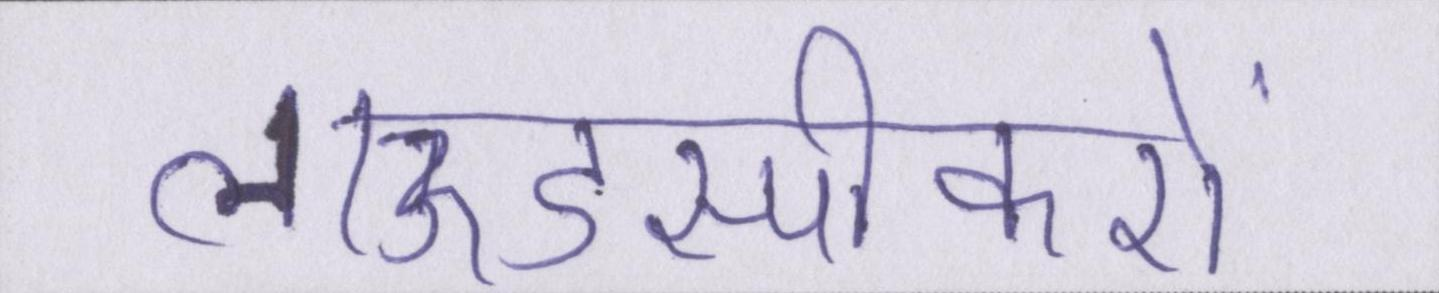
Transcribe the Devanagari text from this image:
लाऊडस्पीकरों